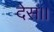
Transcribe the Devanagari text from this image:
देस।।